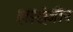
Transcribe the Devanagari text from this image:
हाइड्रोजीन